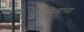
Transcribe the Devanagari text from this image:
अर्दाबिलाच्या